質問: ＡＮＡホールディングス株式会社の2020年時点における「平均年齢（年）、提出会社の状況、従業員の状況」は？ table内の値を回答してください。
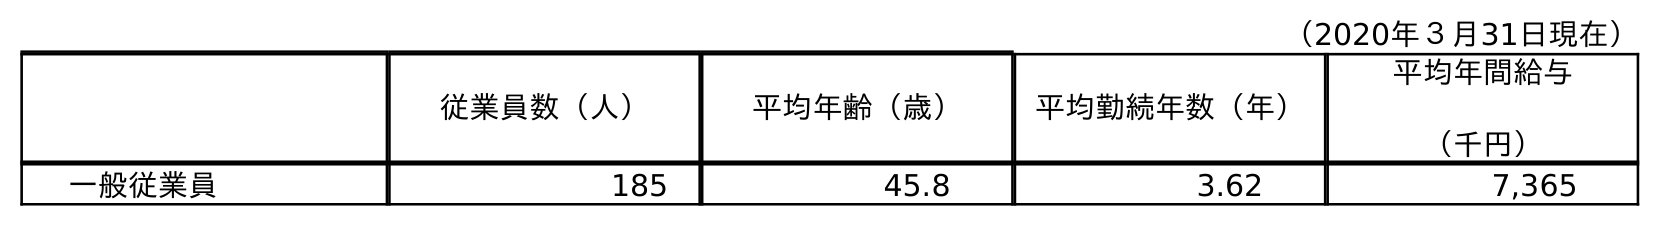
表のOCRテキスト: （2020年３月31日現在） 従業員数（人） 平均年齢（歳） 平均勤続年数（年） 平均年間給与 （千円） 一般従業員 185 45.8 3.62 7,365
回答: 45.8